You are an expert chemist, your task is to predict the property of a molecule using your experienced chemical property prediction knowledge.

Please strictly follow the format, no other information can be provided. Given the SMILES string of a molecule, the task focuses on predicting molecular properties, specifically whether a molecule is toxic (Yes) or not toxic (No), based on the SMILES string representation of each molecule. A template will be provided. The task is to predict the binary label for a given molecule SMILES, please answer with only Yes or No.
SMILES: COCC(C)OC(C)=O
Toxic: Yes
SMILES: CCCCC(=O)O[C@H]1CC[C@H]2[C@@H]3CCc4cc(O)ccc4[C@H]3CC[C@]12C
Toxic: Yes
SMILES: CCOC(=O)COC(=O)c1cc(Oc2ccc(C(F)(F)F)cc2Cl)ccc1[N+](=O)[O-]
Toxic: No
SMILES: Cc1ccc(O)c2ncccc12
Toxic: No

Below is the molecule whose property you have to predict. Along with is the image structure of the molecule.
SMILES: COc1ccc(C(=O)c2cccc(O)c2)c(OC)c1
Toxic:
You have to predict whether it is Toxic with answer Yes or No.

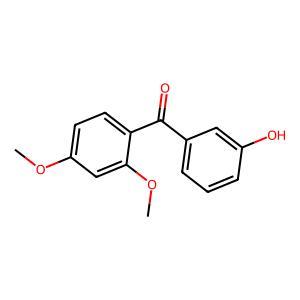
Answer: No